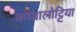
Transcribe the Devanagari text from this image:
कप्पालोट्टिया